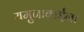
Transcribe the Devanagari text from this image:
यमुनाबाईंना